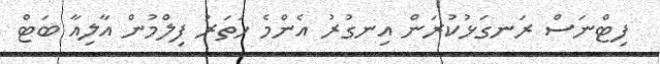
ފިޓްނަސް ރަނގަޅުކުރަން އިނގުރު އެންމެ ހަތަރު ފިލްމުން އާލިއާ ބަޓް